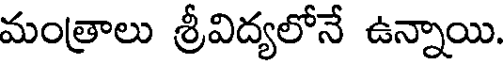
మంత్రాలు శ్రీవిద్యలోనే ఉన్నాయి.